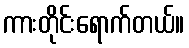
ကားတိုင်းရောက်တယ်။